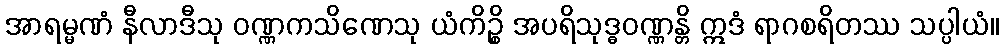
အာရမ္မဏံ နီလာဒီသု ဝဏ္ဏကသိဏေသု ယံကိဉ္စိ အပရိသုဒ္ဓဝဏ္ဏန္တိ ဣဒံ ရာဂစရိတဿ သပ္ပါယံ။